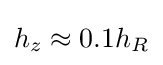
h_{z}\approx 0.1h_{R}